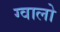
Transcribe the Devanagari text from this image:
ग्‍वालो